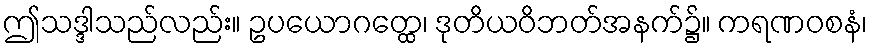
ဤသဒ္ဒါသည်လည်း။ ဥပယောဂတ္ထေ၊ ဒုတိယဝိဘတ်အနက်၌။ ကရဏဝစနံ၊